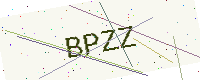
Text: BPZZ